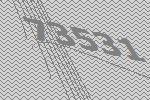
73531